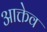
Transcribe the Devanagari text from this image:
आक्तेव